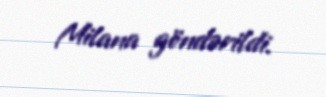
Milana göndərildi.